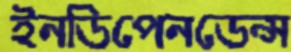
ইনডিপেনডেন্স